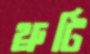
থ্রুটি